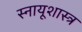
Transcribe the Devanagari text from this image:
स्नायूशास्त्र